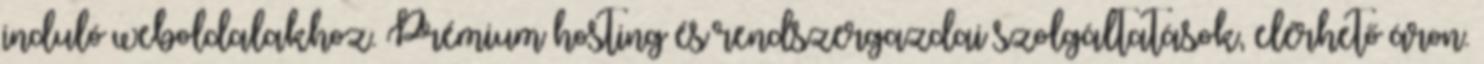
induló weboldalakhoz. Prémium hosting és rendszergazdai szolgáltatások, elérhető áron.